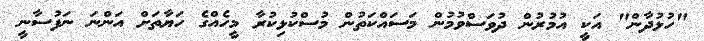
"ހުޅުދާން" އަކީ އުމުރުން ދުވަސްވުމުން މަސައްކަތުން މުސްކުޅިކުރާ މީހެއްގެ ހަޔާތަށް އަންނަ ނަފުސާނީ